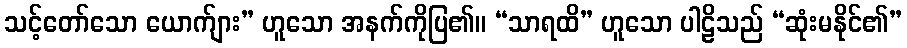
သင့်တော်သော ယောက်ျား” ဟူသော အနက်ကိုပြ၏။ “သာရထိ” ဟူသော ပါဠိသည် “ဆုံးမနိုင်၏”